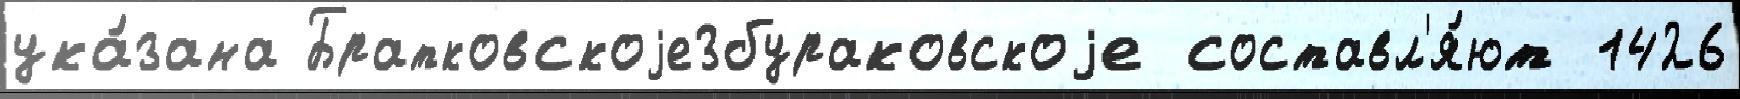
ука́зана Братковскоjе3бураковскоjе составл'я́ют 1426